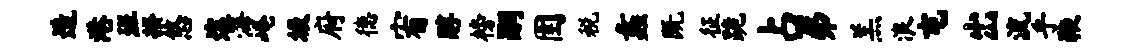
造港班揆悠途海崦圾府德宥醇榜嗣圉税蠡既征跪占弗羔浪屯出流乎鞭